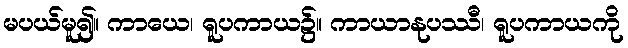
မပယ်မူ၍။ ကာယေ၊ ရူပကာယ၌။ ကာယာနုပဿီ၊ ရူပကာယကို